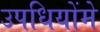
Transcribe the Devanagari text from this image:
उपधियोंमे